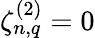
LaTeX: \zeta_{n,q}^{(2)}=0